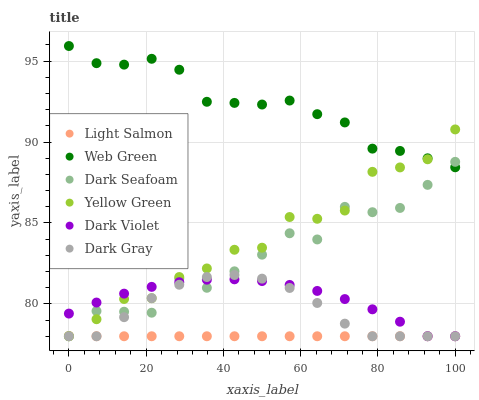
| xaxis_label | Light Salmon | Web Green | Dark Seafoam | Yellow Green | Dark Violet | Dark Gray |
 | --- | --- | --- | --- | --- | --- | --- |
 | 0 | 78 | 95.9 | 78 | 78 | 79.4 | 78 |
 | 7.14 | 78 | 94.9 | 79.6 | 79.1 | 80.1 | 78 |
 | 14.3 | 78 | 94.8 | 79.5 | 80.3 | 80.6 | 79.2 |
 | 21.4 | 78 | 95.1 | 79.5 | 80.4 | 81.1 | 80.4 |
 | 28.6 | 78 | 94.5 | 81.6 | 81.7 | 81.3 | 81.2 |
 | 35.7 | 78 | 92.5 | 81 | 82.2 | 81.5 | 81.7 |
 | 42.9 | 78 | 92.4 | 82 | 83.3 | 81.5 | 81.8 |
 | 50 | 78 | 92.3 | 83 | 83.5 | 81.4 | 81.6 |
 | 57.1 | 78 | 92.6 | 84.4 | 85.4 | 81.2 | 81 |
 | 64.3 | 78 | 91.7 | 84 | 85.3 | 80.8 | 80.1 |
 | 71.4 | 78 | 91.2 | 86 | 85.8 | 80.3 | 78.8 |
 | 78.6 | 78 | 89.6 | 85.7 | 88.2 | 79.7 | 78 |
 | 85.7 | 78 | 89.5 | 85.9 | 88.4 | 78.9 | 78 |
 | 92.9 | 78 | 89 | 87.4 | 88.9 | 78 | 78 |
 | 100 | 78 | 88.4 | 88.8 | 90.8 | 78 | 78 |